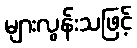
များလွန်းသဖြင့်